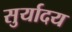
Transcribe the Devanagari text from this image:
सुर्यादय